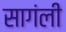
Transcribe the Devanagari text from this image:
सागंली